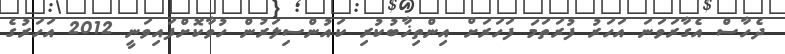
ދެހާސް އެގާރަވަނަ އަހަރު ފުރަތަމަ ފަހަރަށް އިންތިޚާބުކުރި ކައުންސިލަރުން ހުވާކޮށްފައިވަނީ 2012 އަހަރުގެ